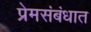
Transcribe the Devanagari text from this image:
प्रेमसंबंधात